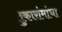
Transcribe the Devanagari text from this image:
तुकारांमांचा